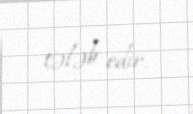
tələb edir.